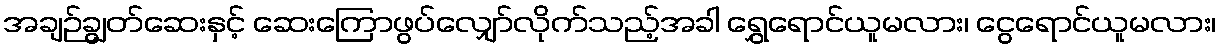
အချဉ်ချွတ်ဆေးနှင့် ဆေးကြောဖွပ်လျှော်လိုက်သည့်အခါ ရွှေရောင်ယူမလား၊ ငွေရောင်ယူမလား၊